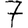
Digit: 7